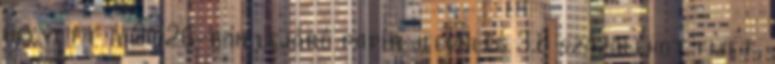
helyett a 2026-ban lejáró papír jelenleg 3,8 százalékot fizet,